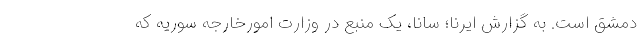
دمشق است. به گزارش ایرنا؛ سانا، یک منبع در وزارت امورخارجه سوریه که